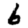
Digit: 6